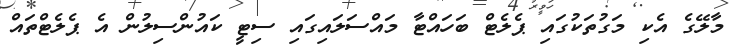
މާލޭގެ އެކި މަގުތަކުގައި ޕެލެޓް ބަހައްޓާ މައްސަލައިގައި ސިޓީ ކައުންސިލުން އެ ޕެލެޓްތައް